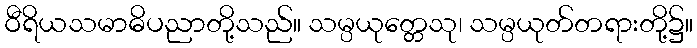
ဝီရိယသမာဓိပညာတို့သည်။ သမ္ပယုတ္တေသု၊ သမ္ပယုတ်တရားတို့၌။